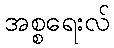
အစ္စရေးလ်